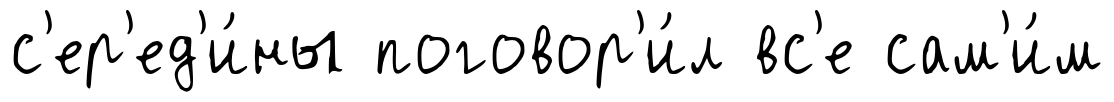
с'ер'ед'и́ны поговор'и́л вс'е сам'и́м